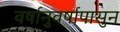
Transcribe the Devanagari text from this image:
वर्षानुवर्षापासुन